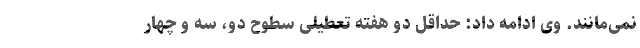
نمی‌مانند. وی ادامه داد: حداقل دو هفته تعطیلی سطوح دو، سه و چهار